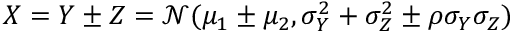
X = Y \pm Z = \mathcal { N } ( \mu _ { 1 } \pm \mu _ { 2 } , \sigma _ { Y } ^ { 2 } + \sigma _ { Z } ^ { 2 } \pm \rho \sigma _ { Y } \sigma _ { Z } )